Leaving Certificate Examination, 1922
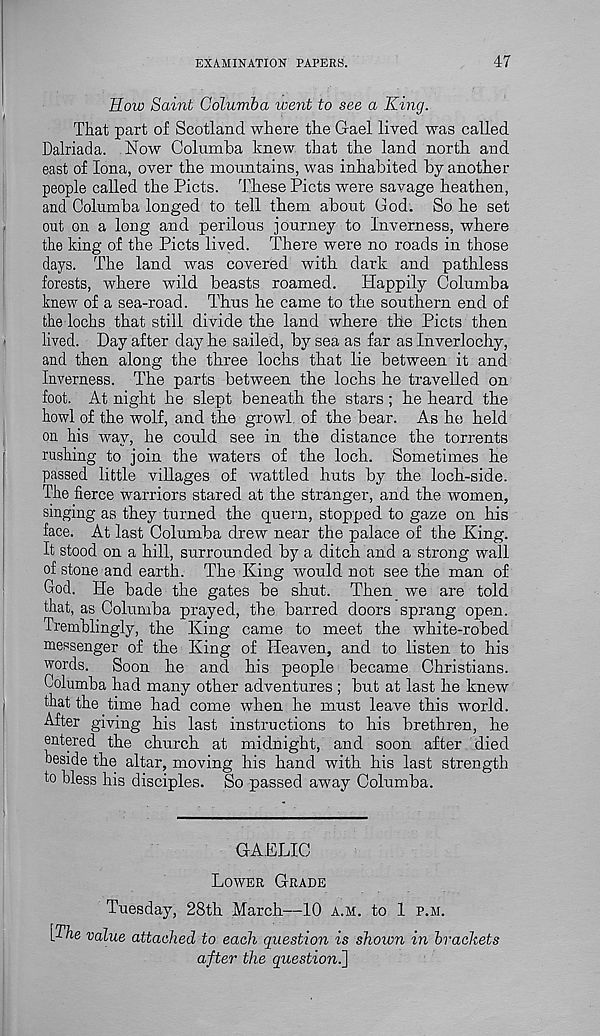
EXAMINATION PAPERS.
47
How Saint Columba went to see a King.
That part of Scotland where the Gael lived was called
Dalriada. Now Columba knew that the land north and
east of Iona, over the mountains, was inhabited by another
people called the Piets. These Piets were savage heathen,
and Columba longed to tell them about God. So he set
out on a long and perilous journey to Inverness, where
the king of the Piets lived. There were no roads in those
days. The land was covered with dark and pathless
forests, where wild beasts roamed.
Happily Columba
knew of a sea-road. Thus he came to the southern end of
the lochs that still divide the land where the Piets then
lived. Day after day he sailed, by sea as far as Inverlochy,
and then along the three lochs that lie between it and
Inverness. The parts between the lochs he travelled on
foot. At night he slept beneath the stars ; he heard the
howl of the wolf, and the growl of the bear. As he held
on his way, he could see in the distance the torrents
rushing to join the waters of the loch. Sometimes he
passed little villages of wattled huts by the loch-side.
The fierce warriors stared at the stranger, and the women,
singing as they turned the quern, stopped to gaze on his
face. At last Columba drew near the palace of the King.
It stood on a hill, surrounded by a ditch and a strong wall
of stone and earth. The King would not see the man of
God. He bade the gates be shut. Then we are told
that, as Columba prayed, the barred doors sprang open.
Tremblingly, the King came to meet the white-robed
messenger of the King of Heaven, and to listen to his
words.
Soon he and his people became Christians.
Columha had many other adventures ; but at last he knew
that the time had come when he must leave this world.
After giving his last instructions to his brethren, he
entered the church at midnight, and soon after died
beside the altar, moving his hand with his last strength
to bless his disciples. So passed away Columba.
GAELIC
Lower Grade
Tuesday, 28th March—10 a.m. to 1 p.m.
[The value attached to each question is shown in brackets
after the question^]